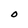
Character: O